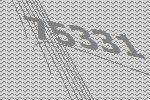
75331